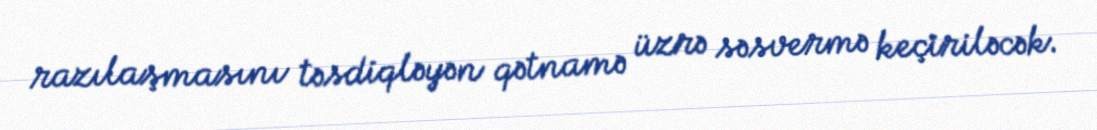
razılaşmasını təsdiqləyən qətnamə üzrə səsvermə keçiriləcək.